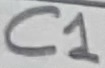
Text: C1